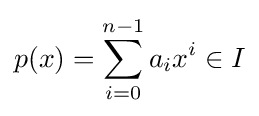
p(x)=\sum _{i=0}^{n-1}a_{i}x^{i}\in I